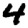
Digit: 4